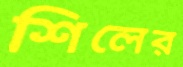
শিলের